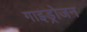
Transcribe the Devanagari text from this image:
गाइड्रोजन